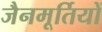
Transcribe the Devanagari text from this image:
जैनमूर्तियों